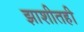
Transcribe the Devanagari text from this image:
झाशीतही